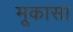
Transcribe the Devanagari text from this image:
मूकासा